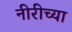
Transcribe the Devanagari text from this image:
नीरीच्या